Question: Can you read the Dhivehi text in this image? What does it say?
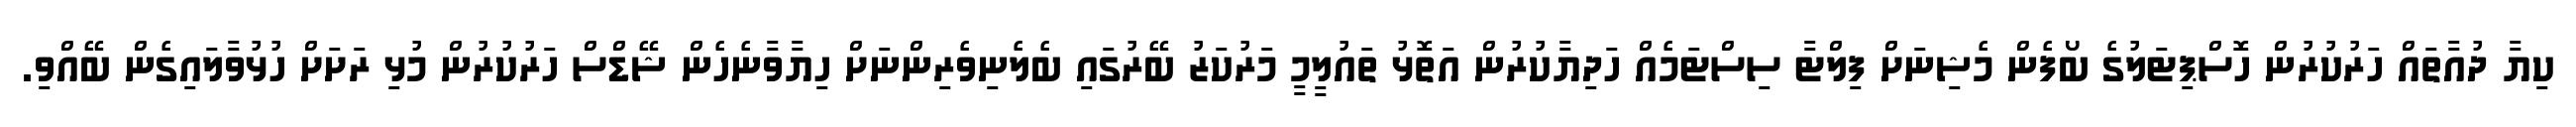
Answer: ކިޔާ ދުއާތައް ހަރުކުރުން ހޮސްޕިޓަލުގެ ބޯފެން މެޝިނަށް ފިލްޓާ ސިސްޓަމެއް ހަދިޔާކުރުން އަތޮޅު ތައުލީމީ މަރުކަޒު ބޭރުގައި ބެލެނިވެރިންނަށް ހިޔާވާނެހެން ޝޭޑްސް ހަރުކުރުން މުޅި ރަށަށް ހުޅުވާލައިގެން ބޭއްވި.